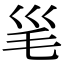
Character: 𣬡